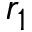
r _ { 1 }